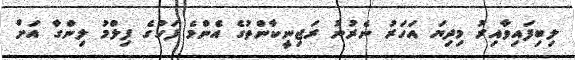
ލިބިފައިވާއިރު މިދިޔަ އަހަރު ނެރުނު ރަޖިނީކާންތުގެ އެންމެ ފަހުގެ ފިލްމު ލިންގާ އަށް